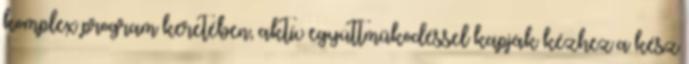
komplex program keretében, aktív együttműködéssel kapják kézhez a kész